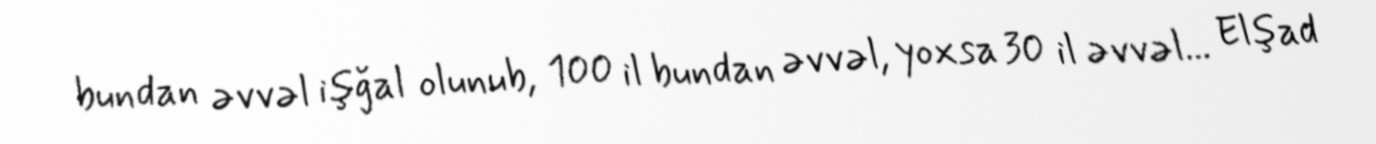
bundan əvvəl işğal olunub, 100 il bundan əvvəl, yoxsa 30 il əvvəl... Elşad